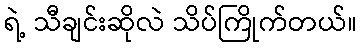
ရဲ့ သီချင်းဆိုလဲ သိပ်ကြိုက်တယ်။